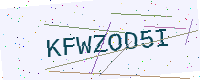
Text: KFWZOD5I